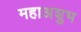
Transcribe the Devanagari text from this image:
महाअशुभ